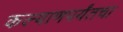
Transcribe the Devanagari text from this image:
कल्याणपर्यंतचा